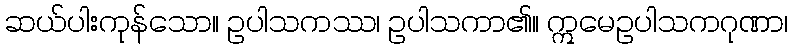
ဆယ်ပါးကုန်သော။ ဥပါသကဿ၊ ဥပါသကာ၏။ ဣမေဥပါသကဂုဏာ၊